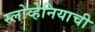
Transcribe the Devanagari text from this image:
स्लोव्हेनियाची